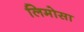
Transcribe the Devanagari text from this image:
लिमोसा